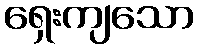
ရှေးကျသော